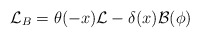
\begin{align*}{\cal L}_{B}=\theta(-x){\cal L}-\delta(x){\cal B}(\phi)\end{align*}